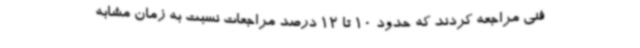
فنی مراجعه کردند که حدود 10 تا 12 درصد مراجعات نسبت به زمان مشابه